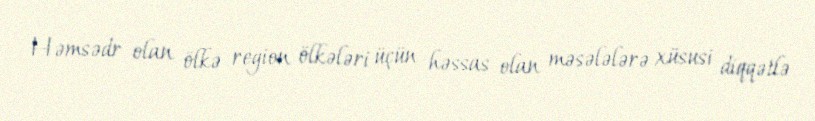
Həmsədr olan ölkə region ölkələri üçün həssas olan məsələlərə xüsusi diqqətlə